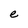
Character: e